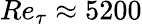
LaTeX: {R}e_{\tau}\approx 5200